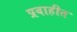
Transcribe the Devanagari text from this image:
प्रवाहीत